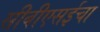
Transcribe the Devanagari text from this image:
सीबीएसईचा